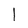
Character: l